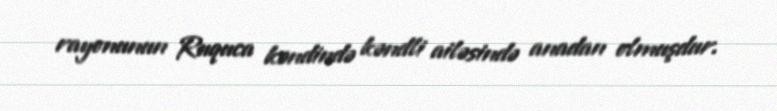
rayonunun Ruquca kəndində kəndli ailəsində anadan olmuşdur.